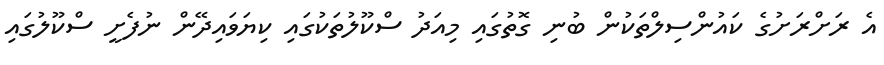
އެ ރަށްރަށުގެ ކައުންސިލްތަކުން ބުނި ގޮތުގައި މިއަދު ސްކޫލުތަކުގައި ކިޔަވައިދޭން ނުފެށީ ސްކޫލުގައި